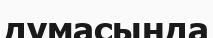
думасында